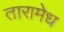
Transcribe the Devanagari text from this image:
तारामेध